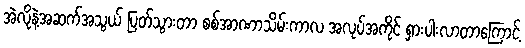
အဲလိုနဲ့အဆက်အသွယ် ပြတ်သွားတာ စစ်အာဏာသိမ်းကာလ အလုပ်အကိုင် ရှားပါးလာတာကြောင့်